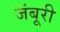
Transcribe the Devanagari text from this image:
जंबूरी